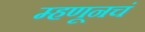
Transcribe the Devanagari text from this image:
म्हणूनचं